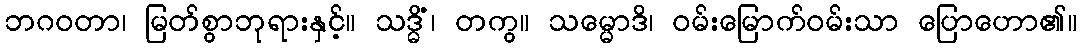
ဘဂဝတာ၊ မြတ်စွာဘုရားနှင့်။ သဒ္ဓိံ၊ တကွ။ သမ္မောဒိ၊ ဝမ်းမြောက်ဝမ်းသာ ပြောဟော၏။